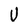
Character: U